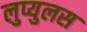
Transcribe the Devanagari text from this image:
लुप्युलस